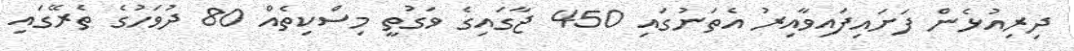
ދިރިއުޅެން ފަށައިފައިވާއިރު އެތަނުގައި 450 ޖާގައިގެ ވަގުތީ މިސްކިތެއް 80 ދުވަހުގެ ތެރޭގައި